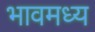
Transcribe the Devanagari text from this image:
भावमध्य